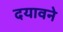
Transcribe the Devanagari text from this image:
दयावने